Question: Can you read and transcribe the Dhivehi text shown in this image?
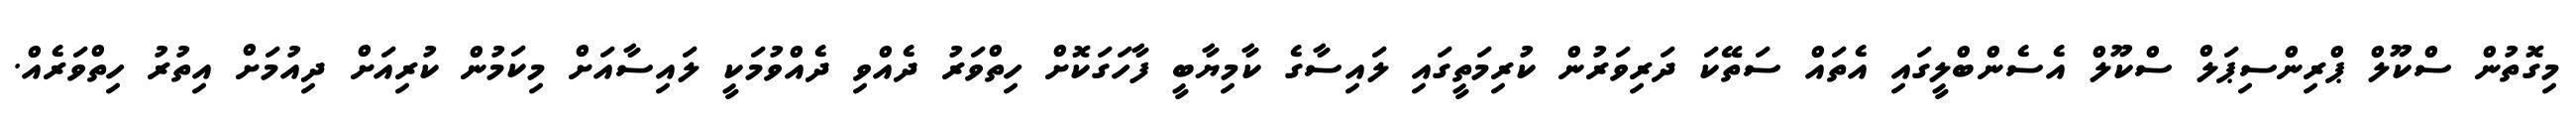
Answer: މިގޮތުން ސްކޫލް ޕްރިންސިޕަލް ސްކޫލް އެސެންބްލީގައި އެތައް ސަތޭކަ ދަރިވަރުން ކުރިމަތީގައި ލައިސާގެ ކާމިޔާބީ ފާހަގަކޮށް ހިތްވަރު ދެއްވި ދެއްވުމަކީ ލައިސާއަށް މިކަމުން ކުރިއަށް ދިއުމަށް އިތުރު ހިތްވަރެއް.